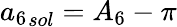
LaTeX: {a_{6}}_{sol}={A_{6}}-\pi